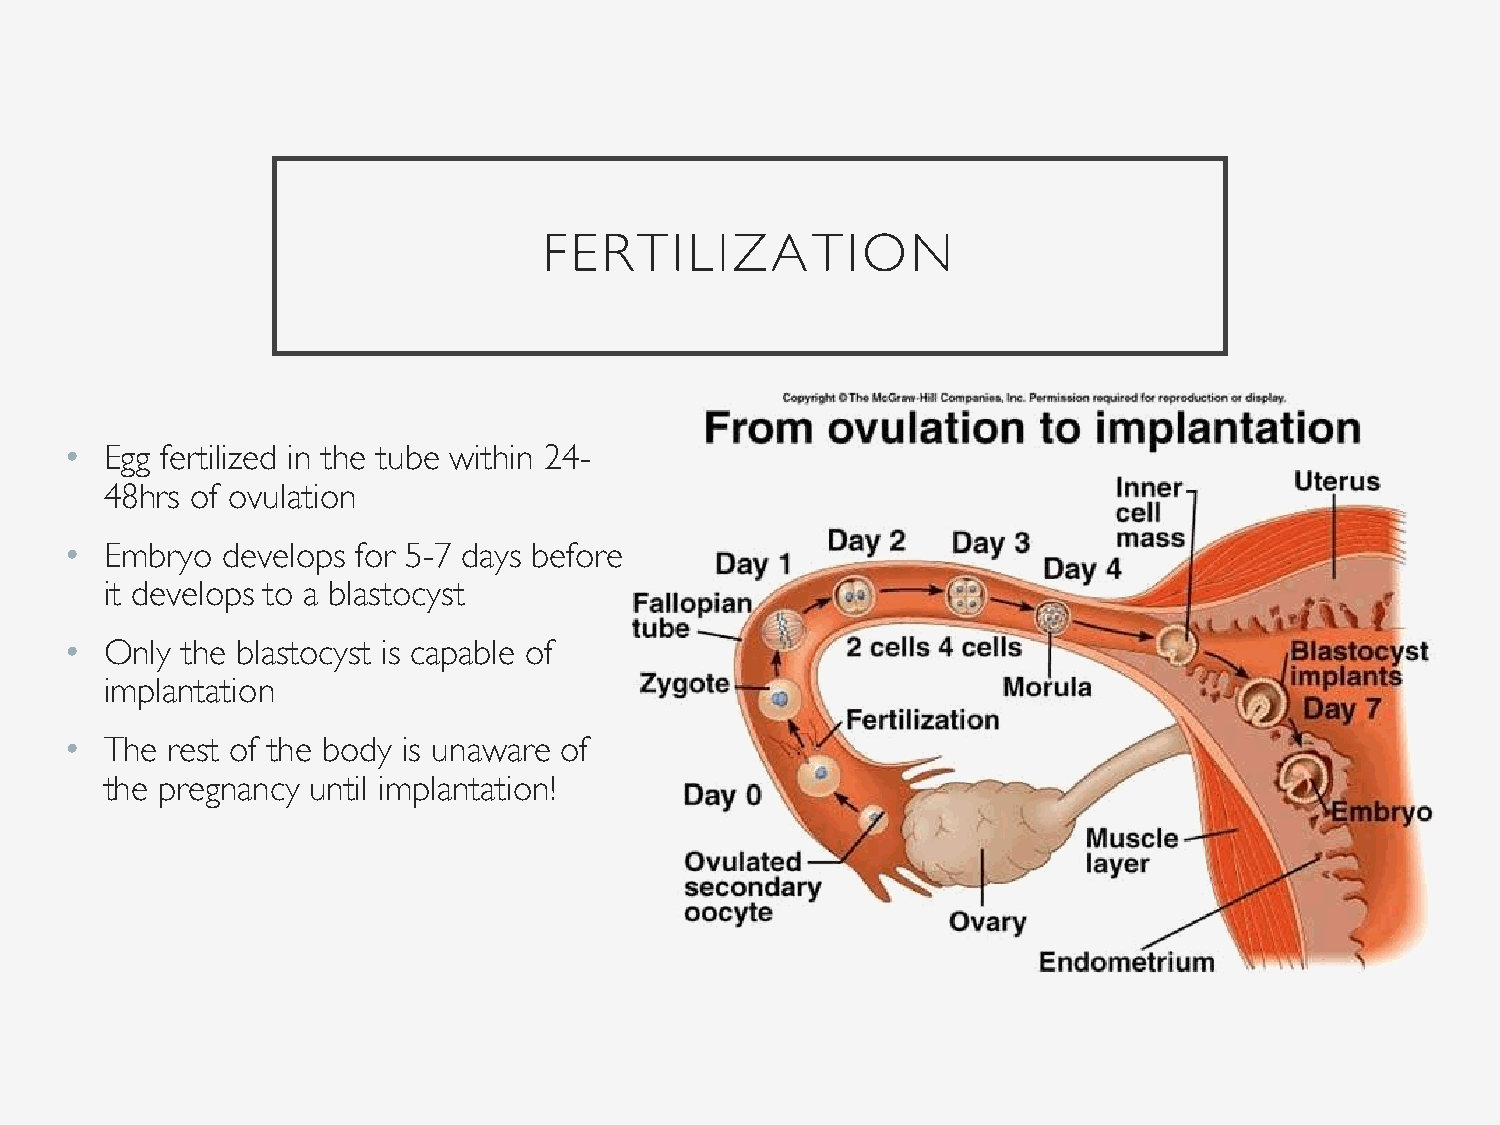
FERTILIZATION
 •  Egg fertilized in the tube within 24-
 48hrs of ovulation
 •  Embryo  develops for 5-7 days before
 it develops to a blastocyst
 •  Only the blastocyst is capable of
 implantation
 •  The rest of the body is unaware of
 the pregnancy until implantation!